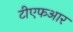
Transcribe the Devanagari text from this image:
टीएफआर